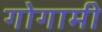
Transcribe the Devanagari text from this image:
गोगामी